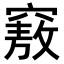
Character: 𥨆